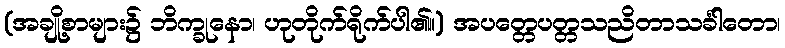
(အချို့စာများ၌ ဘိက္ခုနော၊ ဟုတိုက်ရိုက်ပါ၏။) အပတ္တေပတ္တသညိတာသင်္ခါတော၊